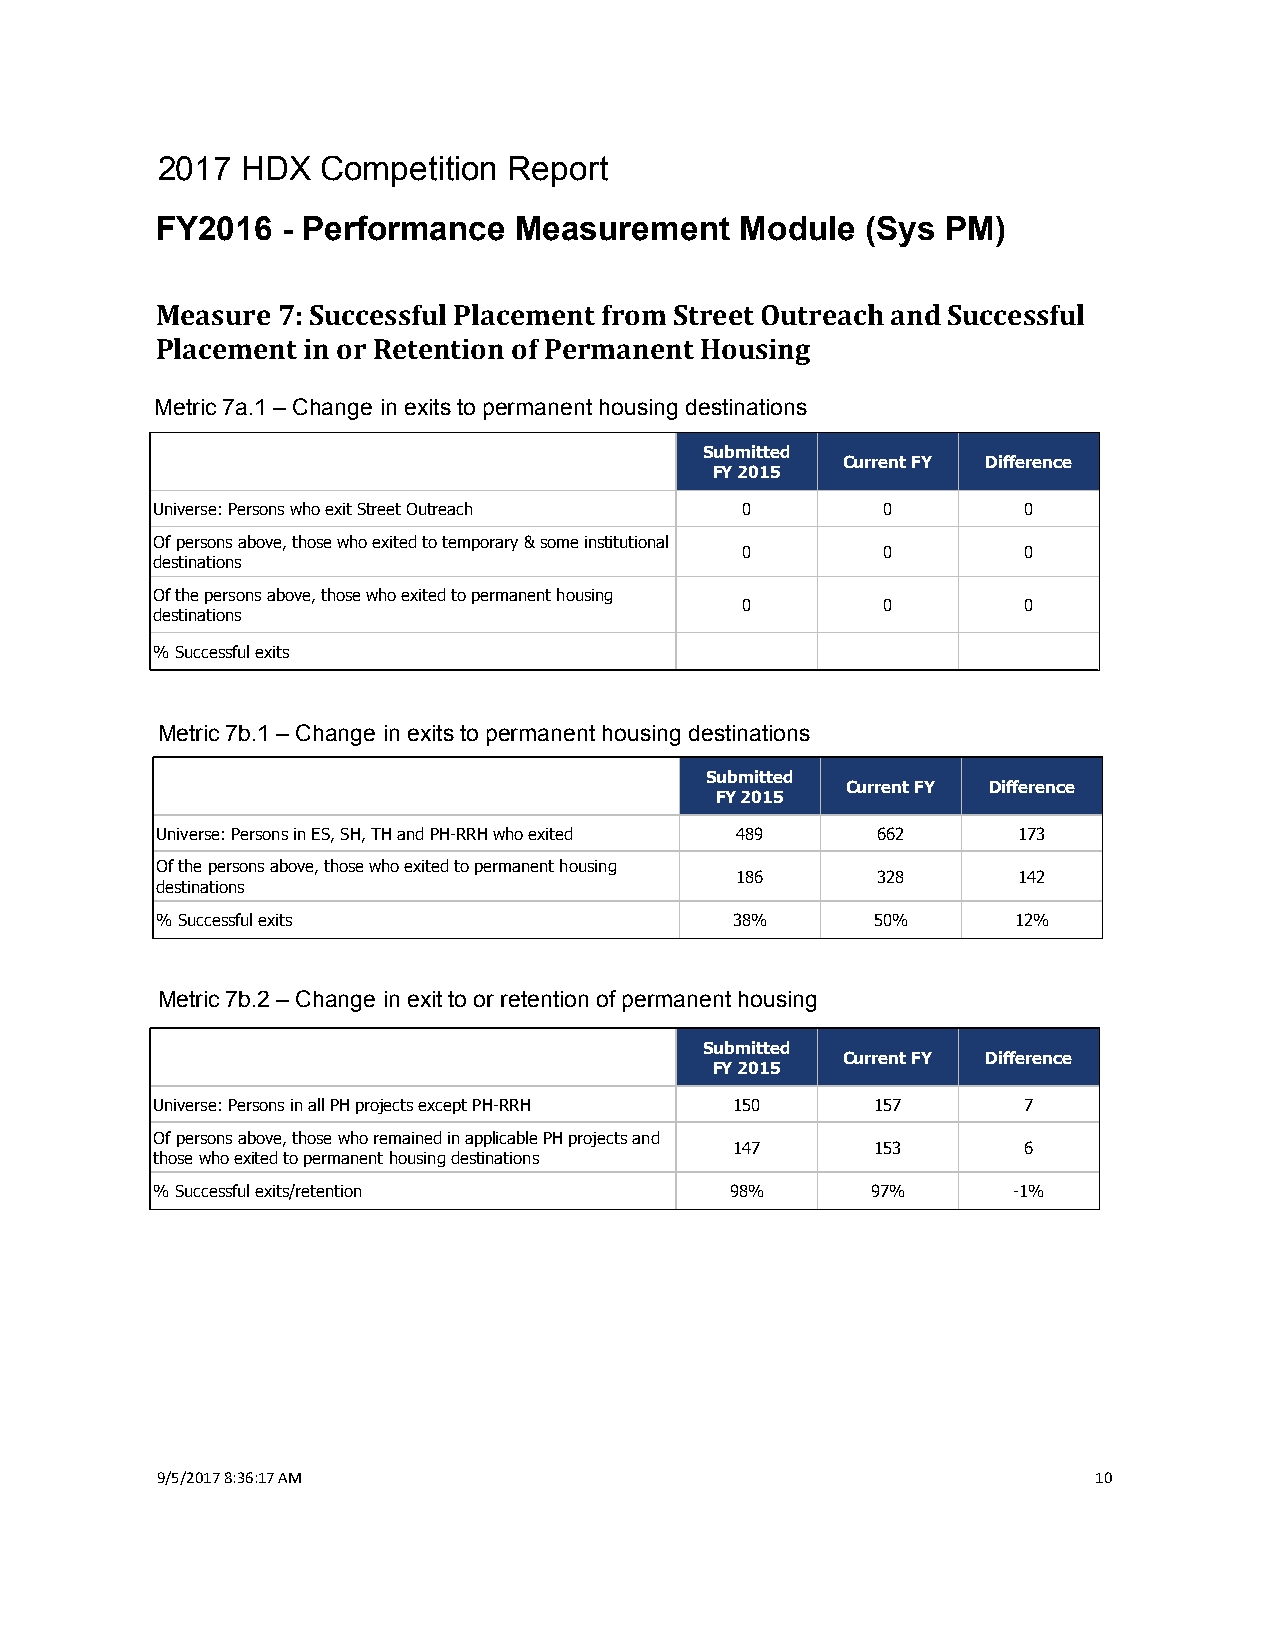
2017  HDX  Competition  Report
 FY2016   - Performance  Measurement    Module  (Sys  PM)
 Measure 7: Successful Placement from Street Outreach and Successful
 Placement in or Retention of Permanent Housing
 Metric 7a.1 – Change in exits to permanent housing destinations
 Submitted
 Current FY Difference
 FY 2015
 Universe: Persons who exit Street Outreach 0    0         0
 Of persons above, those who exited to temporary & some institutional
 0        0         0
 destinations
 Of the persons above, those who exited to permanent housing
 0        0         0
 destinations
 % Successful exits
 Metric 7b.1 – Change in exits to permanent housing destinations
 Submitted
 Current FY Difference
 FY 2015
 Universe: Persons in ES, SH, TH and PH-RRH who exited 489 662 173
 Of the persons above, those who exited to permanent housing
 186      328      142
 destinations
 % Successful exits                     38%      50%      12%
 Metric 7b.2 – Change in exit to or retention of permanent housing
 Submitted
 Current FY Difference
 FY 2015
 Universe: Persons in all PH projects except PH-RRH 150 157 7
 Of persons above, those who remained in applicable PH projects and
 147      153       6
 those who exited to permanent housing destinations
 % Successful exits/retention          98%       97%      -1%
 9/5/2017 8:36:17 AM                                            10